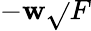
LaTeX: -\mathbf{w}\sqrt{}{{F}}